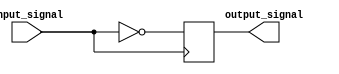
module inverter_delay (
    input wire input_signal,
    output reg output_signal
);

// Apply inverter delay
always @ (posedge input_signal)
    output_signal <= #1 ~input_signal;

endmodule